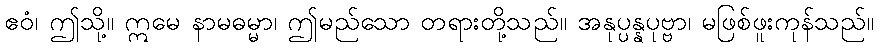
ဧဝံ၊ ဤသို့။ ဣမေ နာမဓမ္မာ၊ ဤမည်သော တရားတို့သည်။ အနုပ္ပန္နပုဗ္ဗာ၊ မဖြစ်ဖူးကုန်သည်။